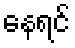
နေရင်